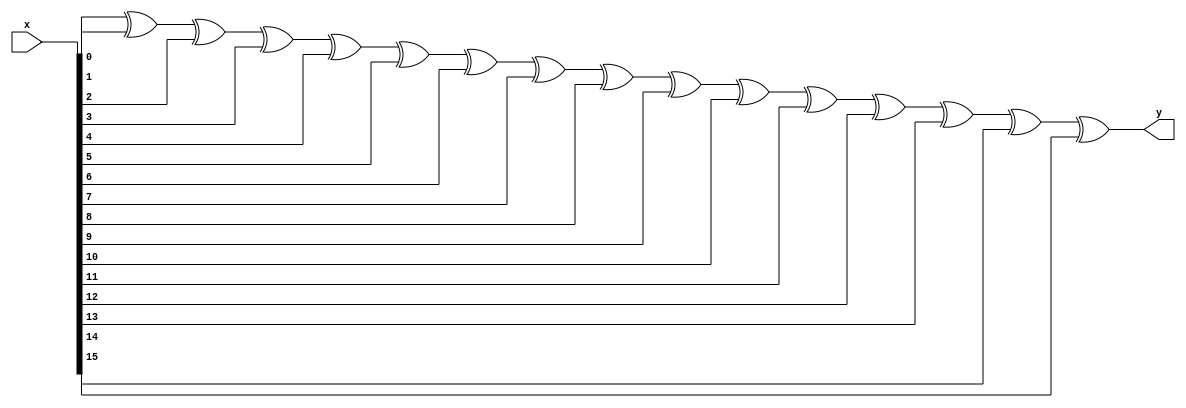
module parity_encoder(input [15:0]x,output y);

	function parity_x;
	  input a,b;
		begin
		 parity_x=a^b;
		end
	endfunction 

		genvar i;
		reg [16:0]temp = 0;
	generate
	    for(i=0;i<16;i=i+1)
	    begin
	    	always@(x)
		temp[i+1]=parity_x(temp[i],x[i]);
	    end
	endgenerate

	assign y = temp[16];
endmodule











/*Here,The module called "parity_encoder" that takes in a 16-bit input signal (x) and generates single-bit output 
signal (y). function called "parity_x" that takes in two input signals (a and b) and computes their exclusive 
OR(XOR) to determine their parity. The result of the XOR operation is stored in a variable called "parity_x".

This is a generate block that generates 16 parity_x functions and wires them together to compute the parity of the
entire 16-bit input signal. The "genvar" statement declares a variable i that is used to loop through the 16 bits 
of the input signal. The "reg" statement declares a 17-bit register called "temp" that is used to store the results 
of the parity computations.
The "for" loop iterates over the 16 bits of the input signal, and for each bit, it uses an "always" block to 
compute the parity of the previous bits (stored in "temp[i]") and the current bit of the input signal (x[i]). 
The result of each parity computation is stored in the next bit of the "temp" register (temp[i+1]).

Overall, this code is a compact implementation of a parity encoder that uses a generate block to create multiple 
instances of a parity function and wires them together to compute the parity of a larger input signal. */